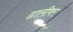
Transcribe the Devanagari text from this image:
ढालीवर